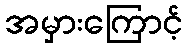
အမှားကြောင့်